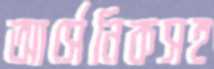
আর্সেনিকসহ